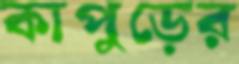
কাপুড়ের